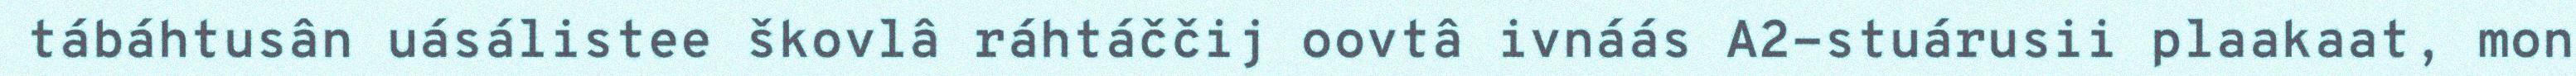
tábáhtusân uásálistee škovlâ ráhtáččij oovtâ ivnáás A2-stuárusii plaakaat, mon